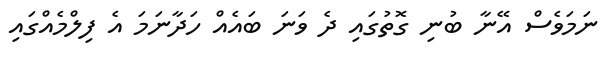
ނަމަވެސް އޭނާ ބުނި ގޮތުގައި ދެ ވަނަ ބައެއް ހަދާނަމަ އެ ފިލްމެއްގައި